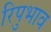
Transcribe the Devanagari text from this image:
रिपुभाव